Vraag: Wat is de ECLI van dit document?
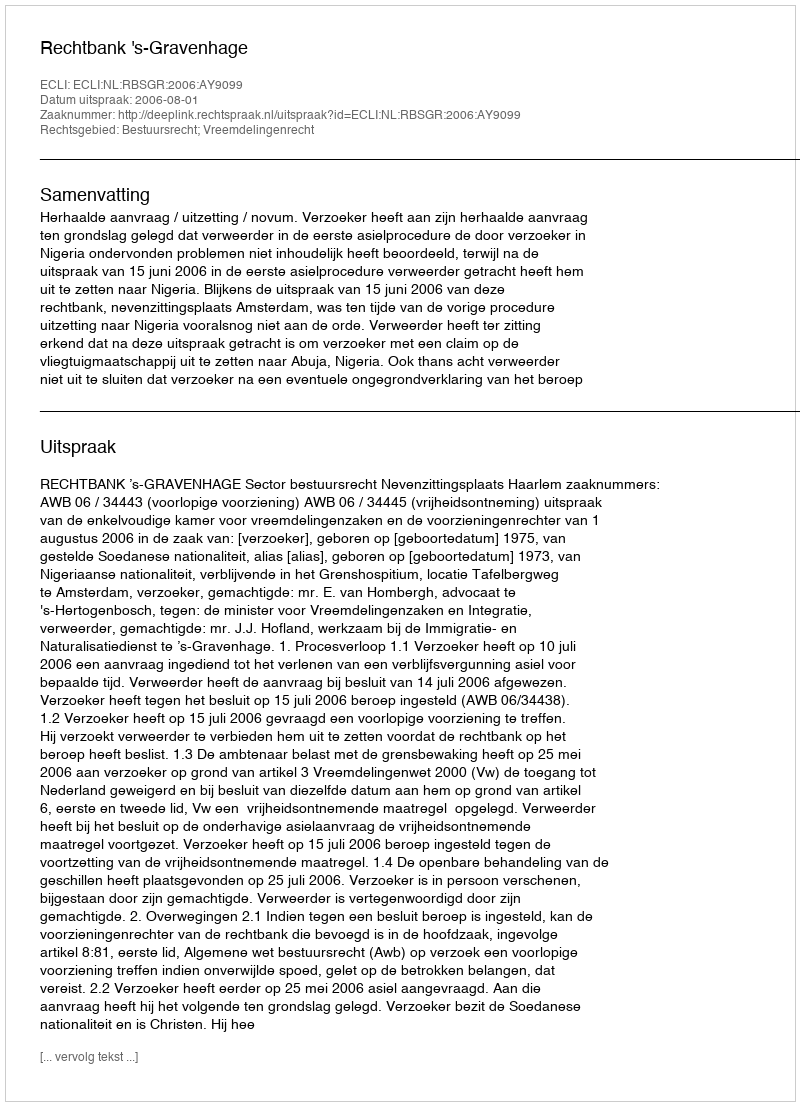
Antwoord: ECLI:NL:RBSGR:2006:AY9099